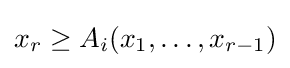
x_{r}\geq A_{i}(x_{1},\dots ,x_{r-1})